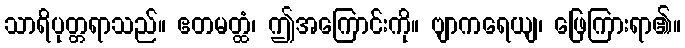
သာရိပုတ္တရာသည်။ ဧတမတ္ထံ၊ ဤအကြောင်းကို။ ဗျာကရေယျ၊ ဖြေကြားရာ၏။